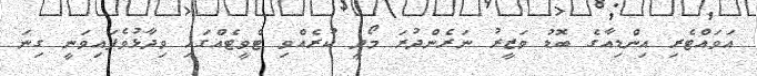
އަވައްޓެރި އިންޑިއާގެ ބޮޑު ވަޒީރު ނަރެންދުރަ މޯދީ ކުރެއްވި ޓްވީޓެއްގައި ވިދާޅުވެފައިވަނީ ގިނަ